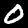
Label: 0